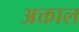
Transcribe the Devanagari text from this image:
अक्ताल